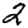
Digit: 2